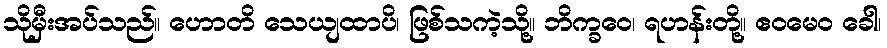
သိုမှီးအပ်သည်။ ဟောတိ သေယျထာပိ၊ ဖြစ်သကဲ့သို့။ ဘိက္ခဝေ၊ ရဟန်းတို့။ ဧဝမေဝ ခေါ၊